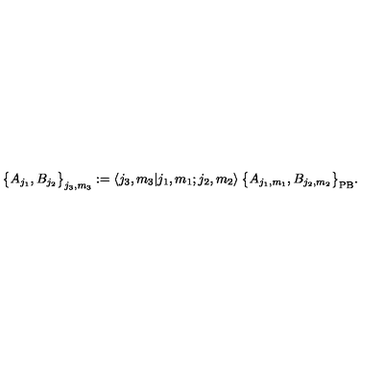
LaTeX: \big \{ A _ { j _ { 1 } } , B _ { j _ { 2 } } \big \} _ { j _ { 3 } , m _ { 3 } } : = \langle j _ { 3 } , m _ { 3 } | j _ { 1 } , m _ { 1 } ; j _ { 2 } , m _ { 2 } \rangle \: \big \{ A _ { j _ { 1 } , m _ { 1 } } , B _ { j _ { 2 } , m _ { 2 } } \big \} _ { \mathrm { P B } } .